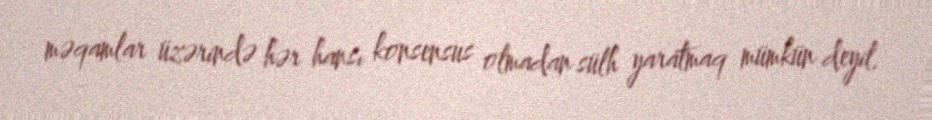
məqamlar üzərində hər hansı konsensus olmadan sülh yaratmaq mümkün deyil.